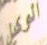
الوكيل